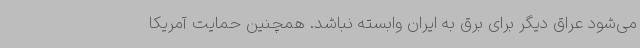
می‌شود عراق دیگر برای برق به ایران وابسته نباشد. همچنین حمایت آمریکا